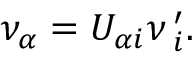
\nu _ { \alpha } = U _ { \alpha i } \nu \, _ { i } ^ { \prime } .